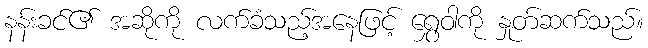
နန်းခင်၏ အဆိုကို လက်ခံသည့်အနေဖြင့် ရွှေဝါကို နှုတ်ဆက်သည်။